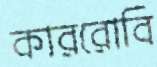
কাররোবি